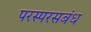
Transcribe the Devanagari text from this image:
परस्परसबंध